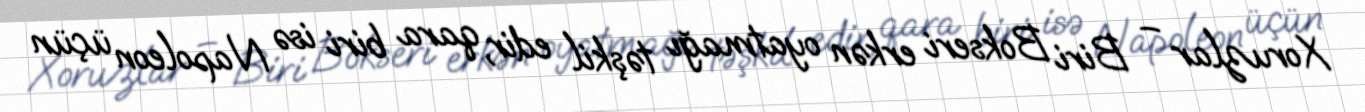
Xoruzlar – Biri Bokseri erkən oyatmağı təşkil edir, qara biri isə Napoleon üçün